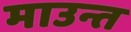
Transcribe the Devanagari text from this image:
माउन्त